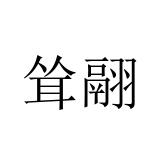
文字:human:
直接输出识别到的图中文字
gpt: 耸翮